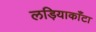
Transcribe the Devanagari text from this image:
लड़ियाकाँटा